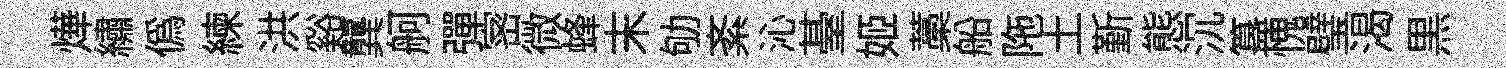
燁繡偽練洪谿龔舸彈宻微蜂末劬紊沁䑓姬藁船陁土斳態沉簋愧璧渴黒